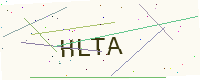
Text: HLTA